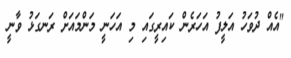
"އެއް ދުވަހު އަލީފު އަހަރެން ކައިރީގައި މި އަހަނީ މަންމައަށް ރަނގަޅު ވާނީ